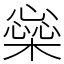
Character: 橤